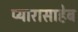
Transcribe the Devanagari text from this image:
प्यारासाहेब